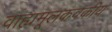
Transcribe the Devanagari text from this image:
वाह्यमूलकवकीय